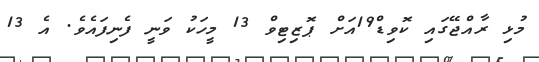
މުޅި ރާއްޖޭގައި ކޮވިޑް19އަށް ޕޮޒިޓިވް 13 މީހަކު ވަނީ ފެނިފައެވެ. އެ 13